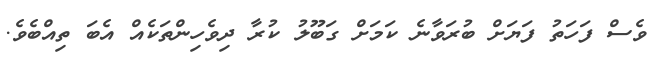
ވެސް ފަހަތު ފަޔަށް ބުރަވާނެ ކަމަށް ގަބޫލު ކުރާ ދިވެހިންތަކެއް އެބަ ތިއްބެވެ.